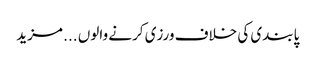
پابندی کی خلاف ورزی کرنے والوں ... مزید